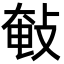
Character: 㪑